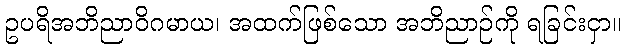
ဥပရိအဘိညာဝိဂမာယ၊ အထက်ဖြစ်သော အဘိညာဉ်ကို ရခြင်းငှာ။